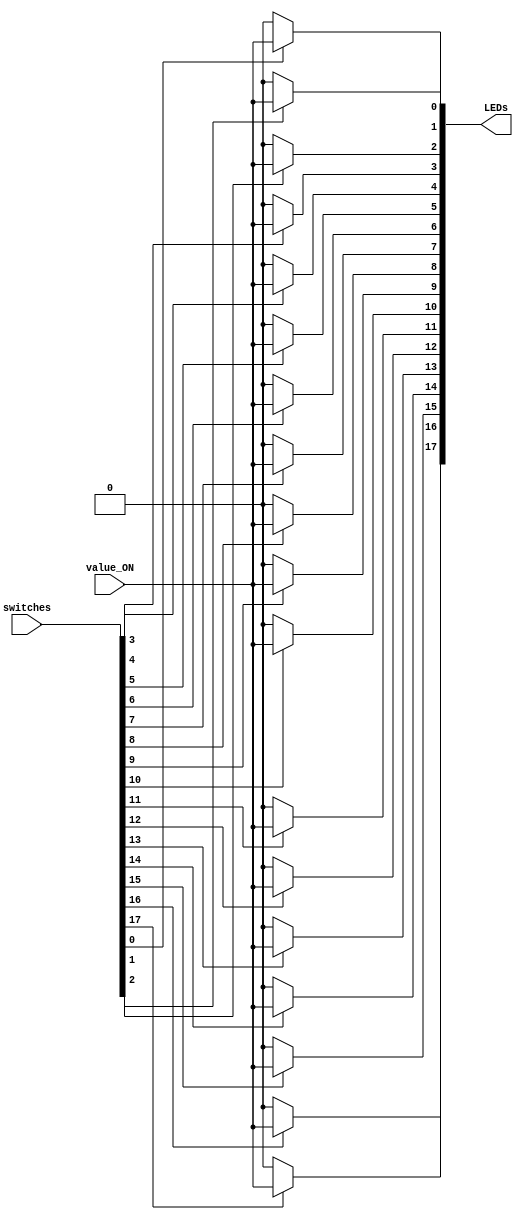
// --------------------------------------------------------------------
// Universitat Politcnica de Valncia
// Departamento de Ingeniera Electronica
// --------------------------------------------------------------------
// Sistemas Digitales Programables - MUISE
// Curso 2020 - 2021
// --------------------------------------------------------------------
// Prctica 5
// --------------------------------------------------------------------
// Nombre del archivo: LED_switch.v
//
// Descripcin: Asignacin de salida a un cierto nmero de LEDs
//   (especificado mediante el parmetro number_LEDs), segn el valor
//   de su switch correspondiente en la placa DE2-115.
//
//   La salida por el LED N es value_ON si el switch N est hacia arriba,
//   y 0 si no.
//
// --------------------------------------------------------------------
// Versin: V1.0 | Fecha Modificacin: 05/02/2021
//
// Autores: Pablo Roig Monzn y ngel Bellver Valera
// Ordenador de trabajo: Home y PC 8
// --------------------------------------------------------------------
module LED_switch (
    switches,
    LEDs,
    value_ON
);

parameter number_LEDs = 18;

input [number_LEDs-1:0] switches;
input value_ON;

output reg [number_LEDs-1:0] LEDs;

integer i;

always @(switches, value_ON)
begin
    for (i = 0; i< number_LEDs; i = i + 1)
    begin
        LEDs[i] = (switches[i]) ? value_ON : 0;
    end
end

endmodule